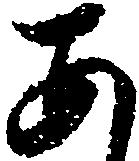
あ